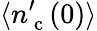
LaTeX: \langle n_{\mathrm{~c~}}^{\prime}(0)\rangle